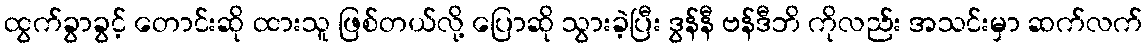
ထွက်ခွာခွင့် တောင်းဆို ထားသူ ဖြစ်တယ်လို့ ပြောဆို သွားခဲ့ပြီး ဒွန်နီ ဗန်ဒီဘိ ကိုလည်း အသင်းမှာ ဆက်လက်